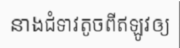
នាងជំទាវតូចពីឥឡូវឲ្យ